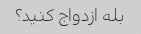
بله ازدواج کنید؟